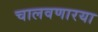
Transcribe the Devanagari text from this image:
चालवणारया